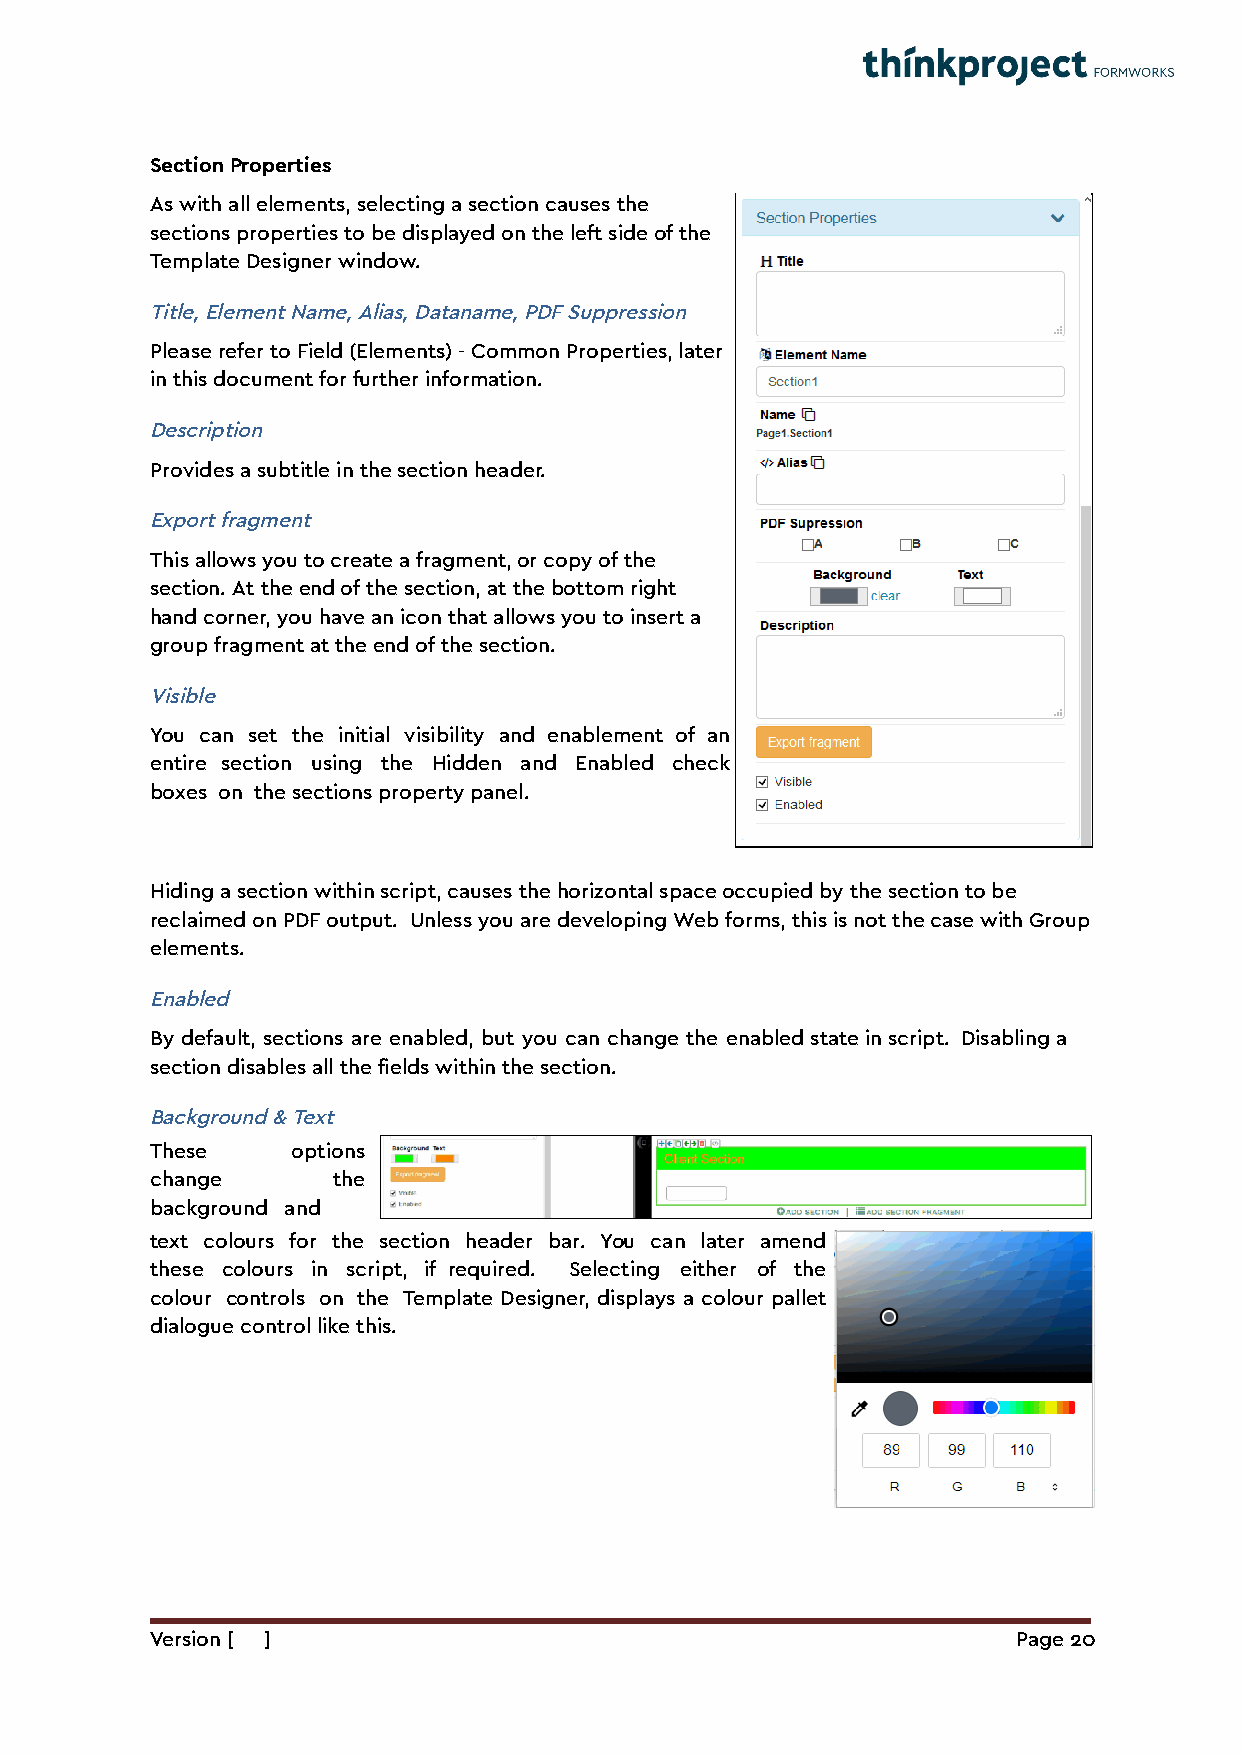
Section Properties
 As with all elements, selecting a section causes the
 sections properties to be displayed on the left side of the
 Template Designer window.
 Title, Element Name, Alias, Dataname, PDF Suppression
 Please refer to Field (Elements) - Common Properties, later
 in this document for further information.
 Description
 Provides a subtitle in the section header.
 Export fragment
 This allows you to create a fragment, or copy of the
 section. At the end of the section, at the bottom right
 hand corner, you have an icon that allows you to insert a
 group fragment at the end of the section.
 Visible
 You can set the initial visibility and enablement of an
 entire section using the Hidden and Enabled check
 boxes on the sections property panel.
 Hiding a section within script, causes the horizontal space occupied by the section to be
 reclaimed on PDF output. Unless you are developing Web forms, this is not the case with Group
 elements.
 Enabled
 By default, sections are enabled, but you can change the enabled state in script. Disabling a
 section disables all the fields within the section.
 Background & Text
 These    options
 change      the
 background and
 text colours for the section header bar. You can later amend
 these colours in script, if required. Selecting either of the
 colour controls on the Template Designer, displays a colour pallet
 dialogue control like this.
 Version [ ]                                              Page 20